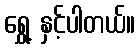
ရွှေ့ နှင့်ပါတယ်။